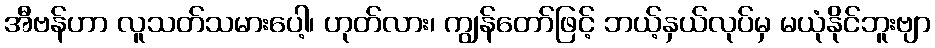
အီဗန်ဟာ လူသတ်သမားပေါ့၊ ဟုတ်လား၊ ကျွန်တော်ဖြင့် ဘယ့်နှယ်လုပ်မှ မယုံနိုင်ဘူးဗျာ